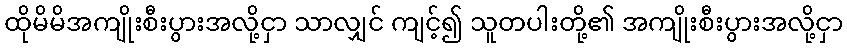
ထိုမိမိအကျိုးစီးပွားအလို့ငှာ သာလျှင် ကျင့်၍ သူတပါးတို့၏ အကျိုးစီးပွားအလို့ငှာ